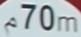
70m